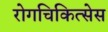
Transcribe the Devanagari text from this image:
रोगचिकित्सेस